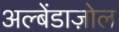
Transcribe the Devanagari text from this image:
अल्बेंडाज़ोल